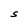
Character: S